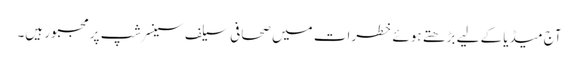
آج میڈیا کے لیے بڑھتے ہوئے خطرات میں صحافی سیلف سینسرشپ پر مجبور ہیں۔